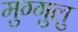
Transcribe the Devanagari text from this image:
मुग्गुलु